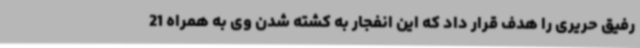
رفیق حریری را هدف قرار داد که این انفجار به کشته شدن وی به همراه 21